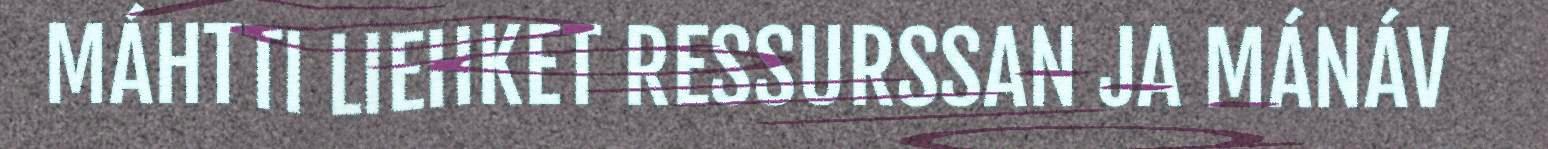
MÁHTTI LIEHKET RESSURSSAN JA MÁNÁV